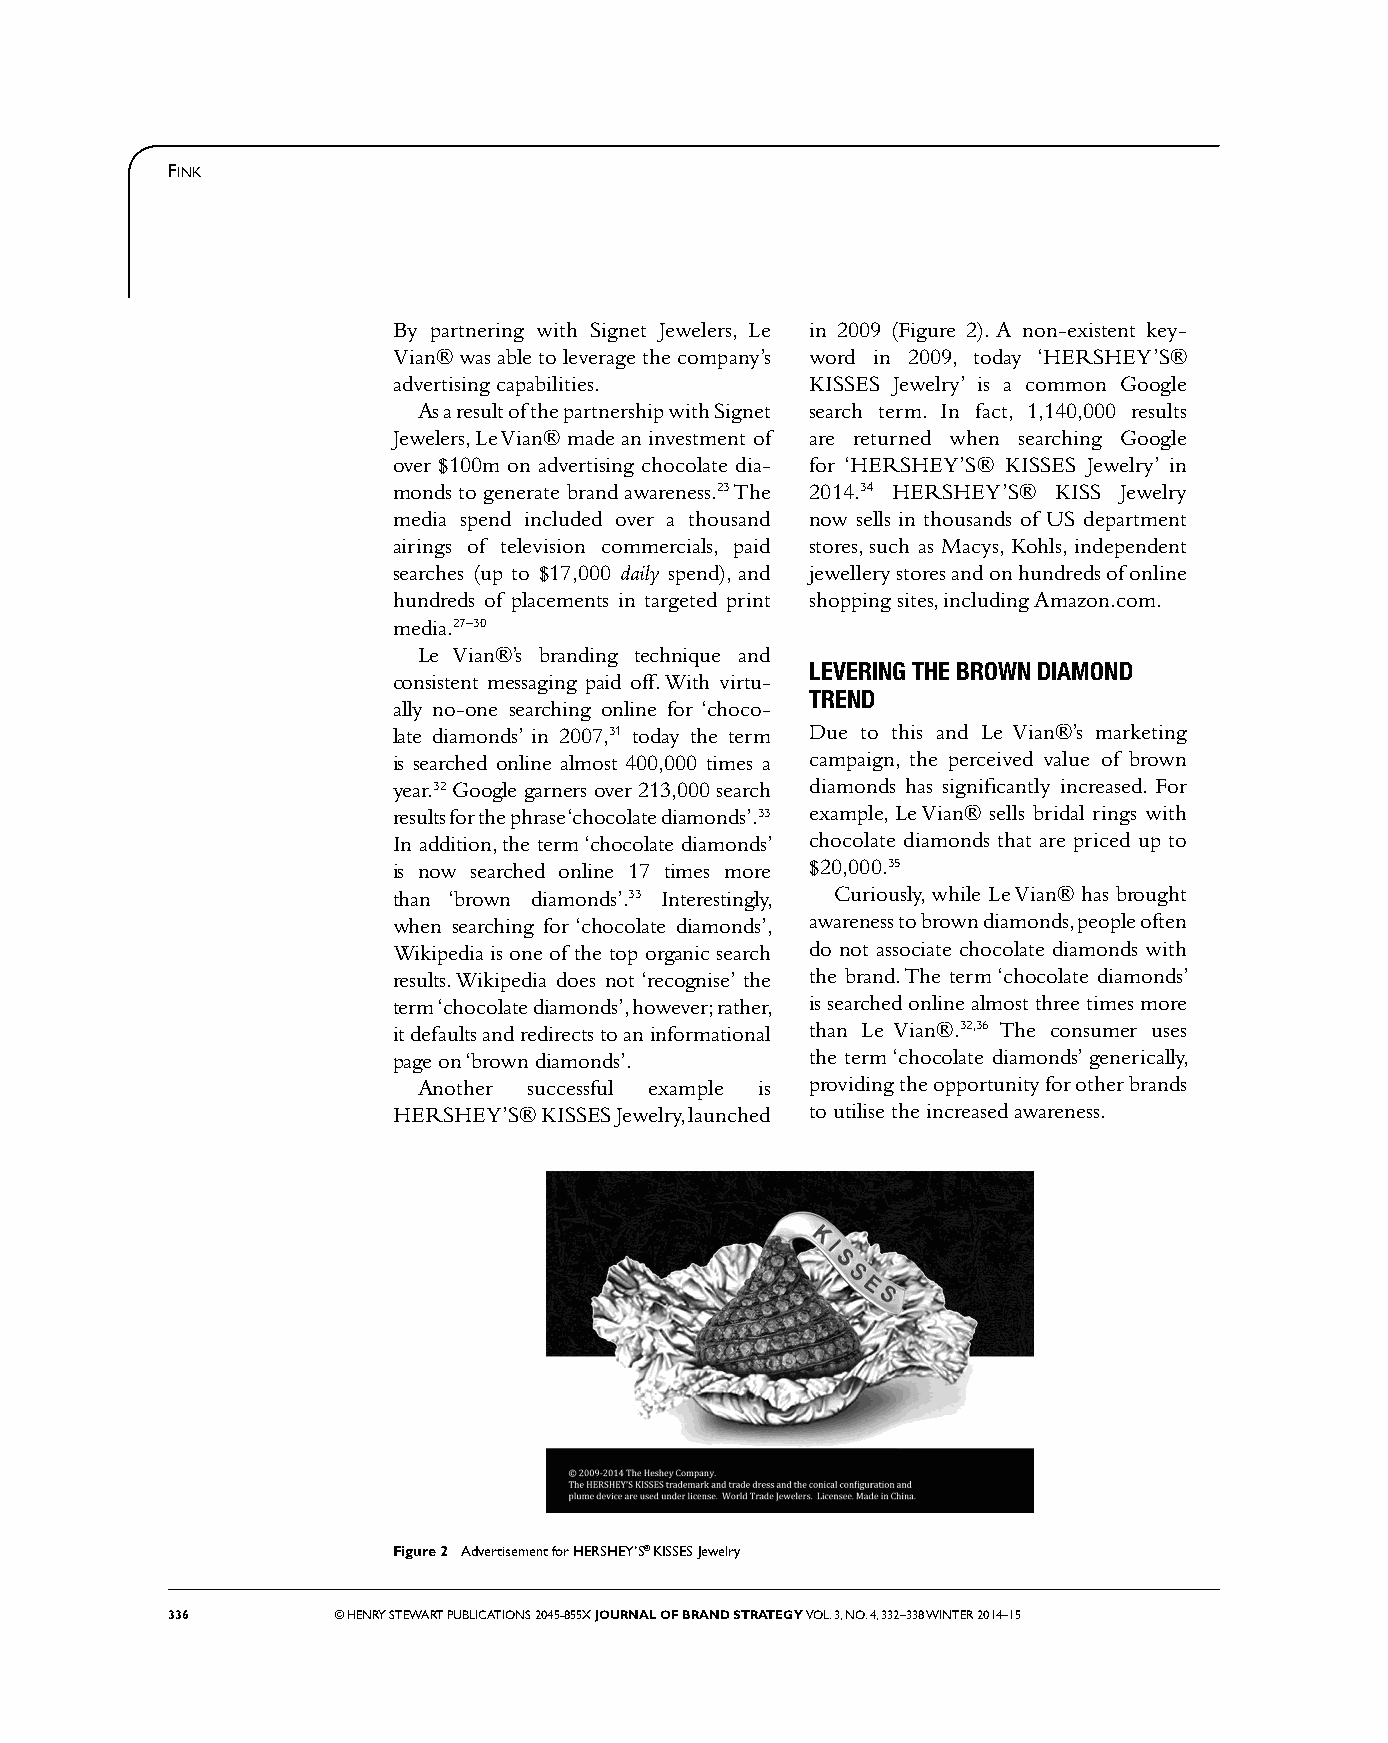
FINK
 By partnering with Signet Jewelers, Le in 2009 (Figure 2). A non-existent key-
 Vian® was able to leverage the company’s word in 2009, today ‘HERSHEY’S®
 advertising capabilities.   KISSES Jewelry’ is a common Google
 As a result of the partnership with Signet search term. In fact, 1,140,000 results
 Jewelers, Le Vian® made an investment of are returned when searching Google
 over $100m on advertising chocolate dia- for ‘HERSHEY’S® KISSES Jewelry’ in
 monds to generate brand awareness.23 The 2014.34 HERSHEY’S® KISS Jewelry
 media spend included over a thousand now sells in thousands of US department
 airings of television commercials, paid stores, such as Macys, Kohls, independent
 searches (up to $17,000 daily spend), and jewellery stores and on hundreds of online
 hundreds of placements in targeted print shopping sites, including Amazon.com.
 media.27–30
 Le Vian®’s branding technique and
 LEVERING THE BROWN DIAMOND
 consistent messaging paid off. With virtu-
 TREND
 ally no-one searching online for ‘choco-
 late diamonds’ in 2007,31 today the term Due to this and Le Vian®’s marketing
 is searched online almost 400,000 times a campaign, the perceived value of brown
 year.32 Google garners over 213,000 search diamonds has signifi cantly increased. For
 results for the phrase ‘chocolate diamonds’.33 example, Le Vian® sells bridal rings with
 In addition, the term ‘chocolate diamonds’ chocolate diamonds that are priced up to
 is now searched online 17 times more $20,000.35
 than ‘brown diamonds’.33 Interestingly, Curiously, while Le Vian® has brought
 when searching for ‘chocolate diamonds’, awareness to brown diamonds, people often
 Wikipedia is one of the top organic search do not associate chocolate diamonds with
 results. Wikipedia does not ‘recognise’ the the brand. The term ‘chocolate diamonds’
 term ‘chocolate diamonds’, however; rather, is searched online almost three times more
 it defaults and redirects to an informational than Le Vian®.32,36 The consumer uses
 page on ‘brown diamonds’.   the term ‘chocolate diamonds’ generically,
 Another successful example is providing the opportunity for other brands
 HERSHEY’S® KISSES Jewelry, launched to utilise the increased awareness.
 Figure 2 Advertisement for HERSHEY’S® KISSES Jewelry
 336        © HENRY STEWART PUBLICATIONS 2045-855X JOURNAL OF BRAND STRATEGY V OL. 3, NO. 4, 332–338 WINTER 2014–15